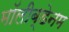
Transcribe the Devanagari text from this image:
मॉलीब्डेनम